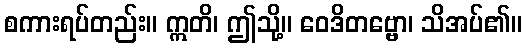
စကားရပ်တည်း။ ဣတိ၊ ဤသို့။ ဝေဒိတဗ္ဗော၊ သိအပ်၏။